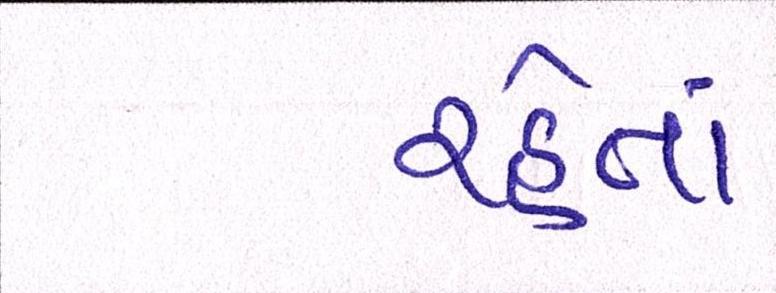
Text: રહેતાં